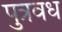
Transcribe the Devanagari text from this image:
पुत्रवध